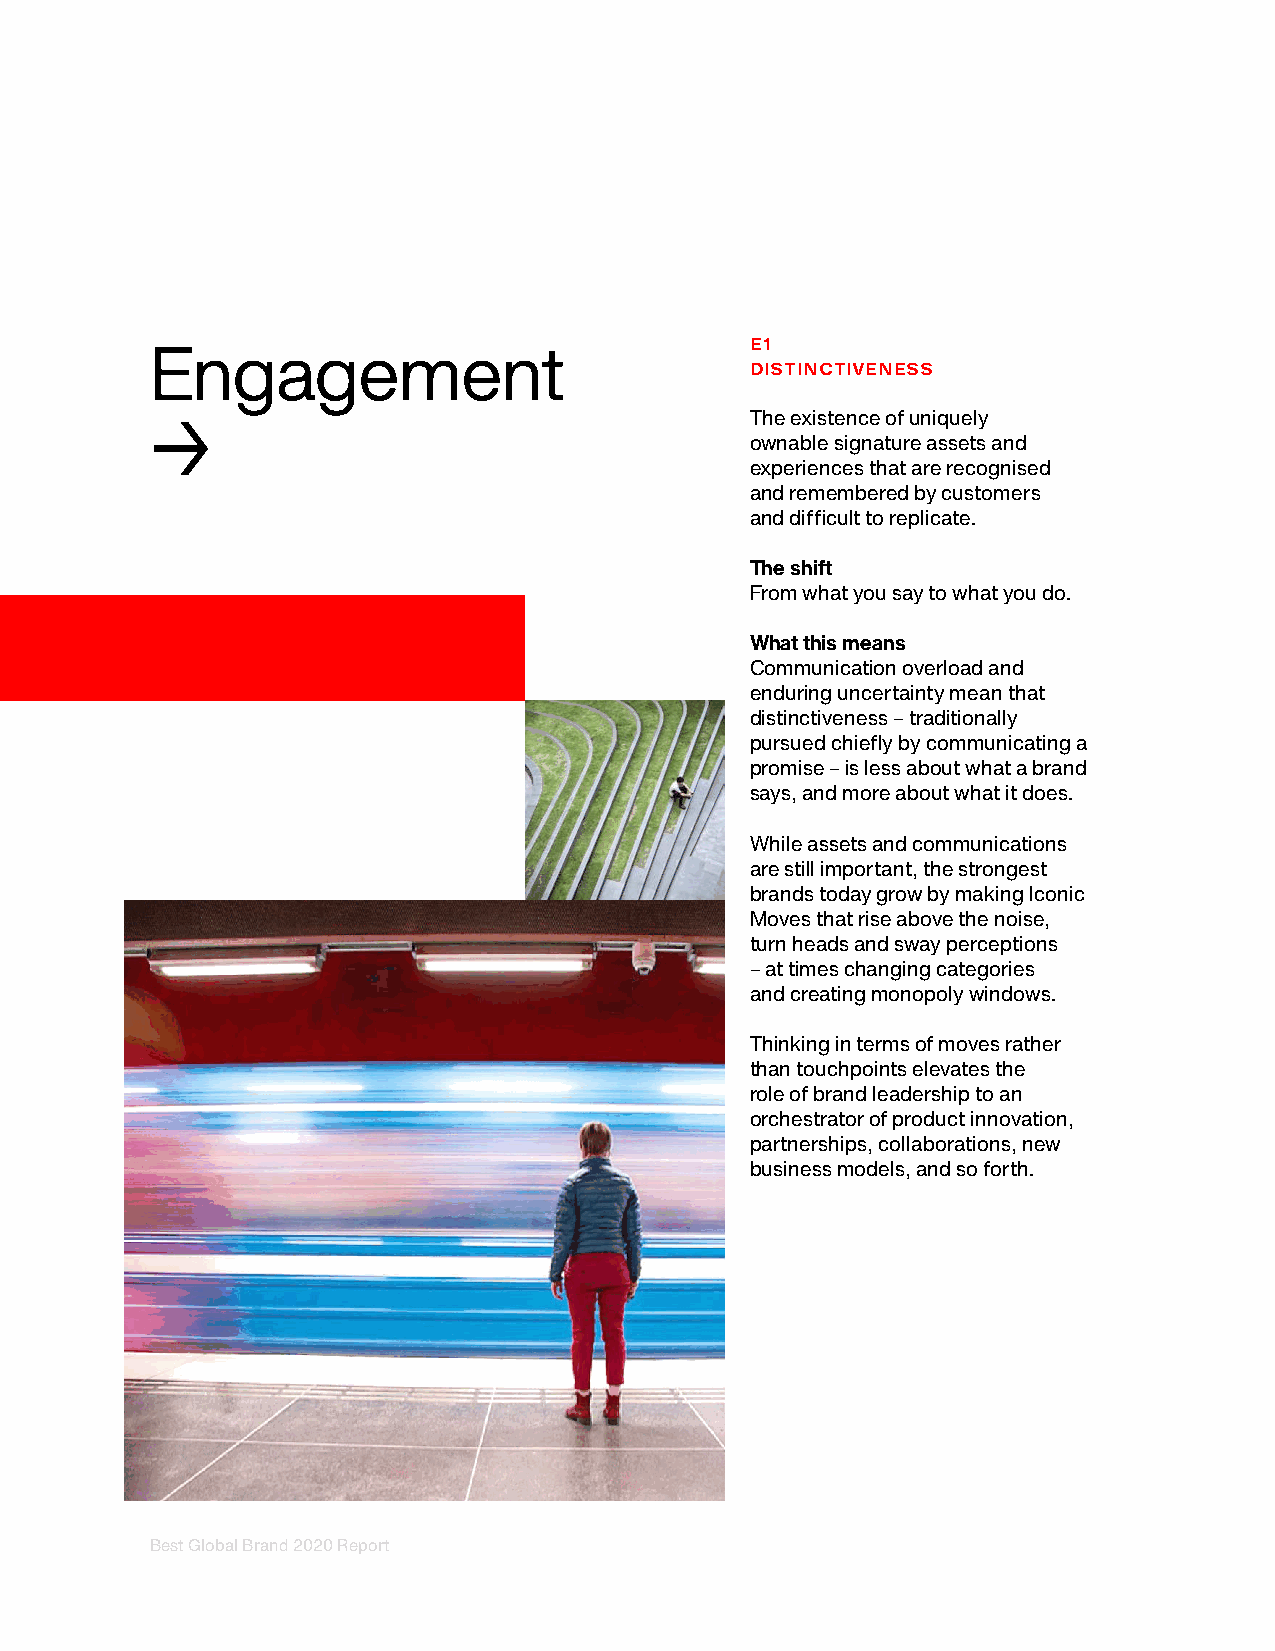
E1
 Engagement
 DISTINCTIVENESS
 The existence of uniquely
 →
 ownable signature assets and
 experiences that are recognised
 and remembered by customers
 and difficult to replicate.
 The shift
 From what you say to what you do.
 What this means
 Communication overload and
 enduring uncertainty mean that
 distinctiveness – traditionally
 pursued chiefly by communicating a
 promise – is less about what a brand
 says, and more about what it does.
 While assets and communications
 are still important, the strongest
 brands today grow by making Iconic
 Moves that rise above the noise,
 turn heads and sway perceptions
 – at times changing categories
 and creating monopoly windows.
 Thinking in terms of moves rather
 than touchpoints elevates the
 role of brand leadership to an
 orchestrator of product innovation,
 partnerships, collaborations, new
 business models, and so forth.
 Best Global Brand 2020 Report